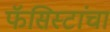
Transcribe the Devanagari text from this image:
फॅसिस्टांचा